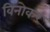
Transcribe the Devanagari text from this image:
विनोकर